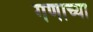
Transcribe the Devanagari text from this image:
गणाच्या